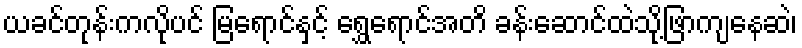
ယခင်တုန်းကလိုပင် မြရောင်နှင့် ရွှေရောင်အတိ ခန်းဆောင်ထဲသို့ဖြာကျနေဆဲ၊